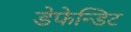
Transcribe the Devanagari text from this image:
डेफेन्डिट